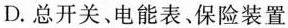
D.总开关、电能表、保险装置